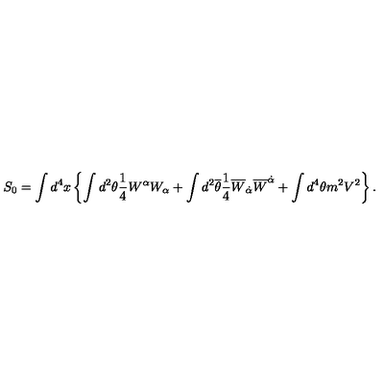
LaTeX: S _ { 0 } = \int d ^ { 4 } x \left\{ \int d ^ { 2 } \theta \frac { 1 } { 4 } W ^ { \alpha } W _ { \alpha } + \int d ^ { 2 } { \overline { \theta } } \frac { 1 } { 4 } { \overline { W } } _ { \dot { \alpha } } { \overline { W } } ^ { \dot { \alpha } } + \int d ^ { 4 } \theta m ^ { 2 } V ^ { 2 } \right\} .